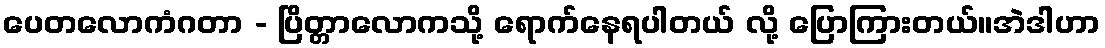
ပေတလောကံဂတာ - ပြိတ္တာလောကသို့ ရောက်နေရပါတယ် လို့ ပြောကြားတယ်။အဲဒါဟာ